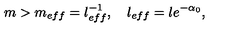
m > m _ { e f f } = l _ { e f f } ^ { - 1 } , \quad l _ { e f f } = l e ^ { - \alpha _ { 0 } } ,